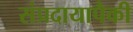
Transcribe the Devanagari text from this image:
संप्रदायापैकी